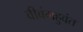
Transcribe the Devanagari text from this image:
वीवंगहुवंत